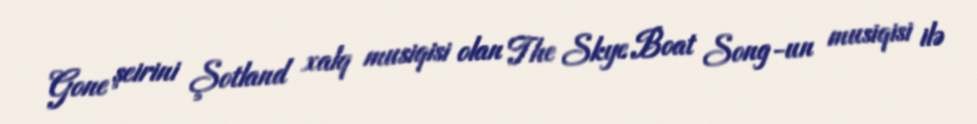
Gone şeirini Şotland xalq musiqisi olan The Skye Boat Song-un musiqisi ilə